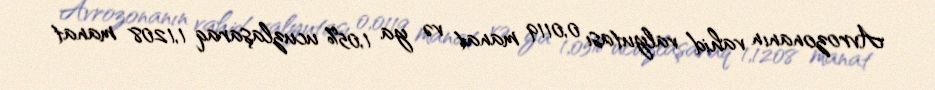
Avrozonanın vahid valyutası 0,0119 manat və ya 1,05% ucuzlaşaraq 1,1208 manat